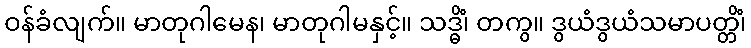
ဝန်ခံလျက်။ မာတုဂါမေန၊ မာတုဂါမနှင့်။ သဒ္ဓိံ၊ တကွ။ ဒွယံဒွယံသမာပတ္တိံ၊